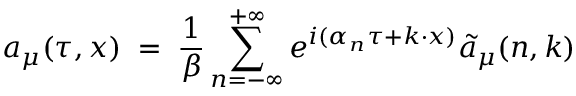
a _ { \mu } ( \tau , x ) \; = \; \frac { 1 } { \beta } \sum _ { n = - \infty } ^ { + \infty } e ^ { i ( \alpha _ { n } \tau + k \cdot x ) } { \tilde { a } } _ { \mu } ( n , k )